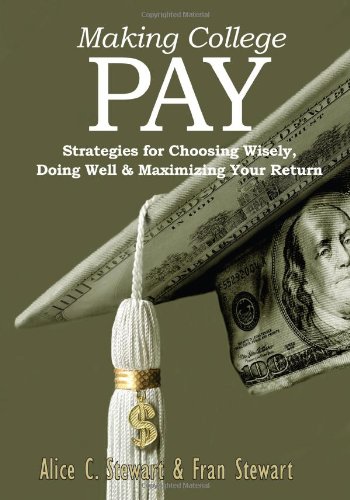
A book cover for Making College Pay: Strategies for Choosing Wisely, Doing Well & Maximizing Your Return; Alice C. Stewart; Business & Money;